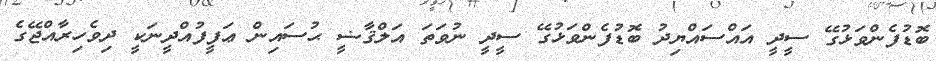
ބޮޑުފެންވަޅުގޭ ސީދީ އައްސައްޔިދު ބޮޑުފެންވަޅުގޭ ސީދީ ނުވަތަ އަލްޤާޟީ ޙުސައިން ޢަފީފުއްދީނަކީ ދިވެހިރާއްޖޭގެ